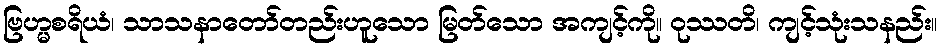
ဗြဟ္မစရိယံ၊ သာသနာတော်တည်းဟူသော မြတ်သော အကျင့်ကို။ ဝုဿတိ၊ ကျင့်သုံးသနည်း။